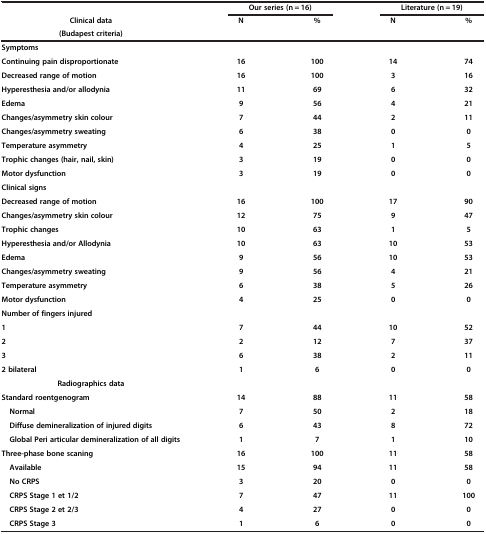
<table><thead><tr><td><b> </b></td><td colspan="2"><b>Our series (n = 16)</b></td><td colspan="2"><b>Literature (n = 19)</b></td></tr><tr><td><b>Clinical data</b></td><td rowspan="2"><b>N</b></td><td rowspan="2"><b>%</b></td><td rowspan="2"><b>N</b></td><td rowspan="2"><b>%</b></td></tr><tr><td><b>(Budapest criteria)</b></td></tr></thead><tbody><tr><td colspan="5"><b>Symptoms</b></td></tr><tr><td><b>Continuing pain disproportionate</b></td><td><b>16</b></td><td><b>100</b></td><td><b>14</b></td><td><b>74</b></td></tr><tr><td><b>Decreased range of motion</b></td><td><b>16</b></td><td><b>100</b></td><td><b>3</b></td><td><b>16</b></td></tr><tr><td><b>Hyperesthesia and/or allodynia</b></td><td><b>11</b></td><td><b>69</b></td><td><b>6</b></td><td><b>32</b></td></tr><tr><td><b>Edema</b></td><td><b>9</b></td><td><b>56</b></td><td><b>4</b></td><td><b>21</b></td></tr><tr><td><b>Changes/asymmetry skin colour</b></td><td><b>7</b></td><td><b>44</b></td><td><b>2</b></td><td><b>11</b></td></tr><tr><td><b>Changes/asymmetry sweating</b></td><td><b>6</b></td><td><b>38</b></td><td><b>0</b></td><td><b>0</b></td></tr><tr><td><b>Temperature asymmetry</b></td><td><b>4</b></td><td><b>25</b></td><td><b>1</b></td><td><b>5</b></td></tr><tr><td><b>Trophic changes (hair, nail, skin)</b></td><td><b>3</b></td><td><b>19</b></td><td><b>0</b></td><td><b>0</b></td></tr><tr><td><b>Motor dysfunction</b></td><td><b>3</b></td><td><b>19</b></td><td><b>0</b></td><td><b>0</b></td></tr><tr><td colspan="5"><b>Clinical signs</b></td></tr><tr><td><b>Decreased range of motion</b></td><td><b>16</b></td><td><b>100</b></td><td><b>17</b></td><td><b>90</b></td></tr><tr><td><b>Changes/asymmetry skin colour</b></td><td><b>12</b></td><td><b>75</b></td><td><b>9</b></td><td><b>47</b></td></tr><tr><td><b>Trophic changes</b></td><td><b>10</b></td><td><b>63</b></td><td><b>1</b></td><td><b>5</b></td></tr><tr><td><b>Hyperesthesia and/or Allodynia</b></td><td><b>10</b></td><td><b>63</b></td><td><b>10</b></td><td><b>53</b></td></tr><tr><td><b>Edema</b></td><td><b>9</b></td><td><b>56</b></td><td><b>10</b></td><td><b>53</b></td></tr><tr><td><b>Changes/asymmetry sweating</b></td><td><b>9</b></td><td><b>56</b></td><td><b>4</b></td><td><b>21</b></td></tr><tr><td><b>Temperature asymmetry</b></td><td><b>6</b></td><td><b>38</b></td><td><b>5</b></td><td><b>26</b></td></tr><tr><td><b>Motor dysfunction</b></td><td><b>4</b></td><td><b>25</b></td><td><b>0</b></td><td><b>0</b></td></tr><tr><td colspan="5"><b>Number of fingers injured</b></td></tr><tr><td><b>1</b></td><td><b>7</b></td><td><b>44</b></td><td><b>10</b></td><td><b>52</b></td></tr><tr><td><b>2</b></td><td><b>2</b></td><td><b>12</b></td><td><b>7</b></td><td><b>37</b></td></tr><tr><td><b>3</b></td><td><b>6</b></td><td><b>38</b></td><td><b>2</b></td><td><b>11</b></td></tr><tr><td><b>2 bilateral</b></td><td><b>1</b></td><td><b>6</b></td><td><b>0</b></td><td><b>0</b></td></tr><tr><td><b>Radiographics data</b></td><td> </td><td> </td><td> </td><td> </td></tr><tr><td><b>Standard roentgenogram</b></td><td><b>14</b></td><td><b>88</b></td><td><b>11</b></td><td><b>58</b></td></tr><tr><td> <b>Normal</b></td><td><b>7</b></td><td><b>50</b></td><td><b>2</b></td><td><b>18</b></td></tr><tr><td> <b>Diffuse demineralization of injured digits</b></td><td><b>6</b></td><td><b>43</b></td><td><b>8</b></td><td><b>72</b></td></tr><tr><td> <b>Global Peri articular demineralization of all digits</b></td><td><b>1</b></td><td><b>7</b></td><td><b>1</b></td><td><b>10</b></td></tr><tr><td><b>Three-phase bone scaning</b></td><td><b>16</b></td><td><b>100</b></td><td><b>11</b></td><td><b>58</b></td></tr><tr><td> <b>Available</b></td><td><b>15</b></td><td><b>94</b></td><td><b>11</b></td><td><b>58</b></td></tr><tr><td> <b>No CRPS</b></td><td><b>3</b></td><td><b>20</b></td><td><b>0</b></td><td><b>0</b></td></tr><tr><td> <b>CRPS Stage 1 et 1/2</b></td><td><b>7</b></td><td><b>47</b></td><td><b>11</b></td><td><b>100</b></td></tr><tr><td> <b>CRPS Stage 2 et 2/3</b></td><td><b>4</b></td><td><b>27</b></td><td><b>0</b></td><td><b>0</b></td></tr><tr><td> <b>CRPS Stage 3</b></td><td><b>1</b></td><td><b>6</b></td><td><b>0</b></td><td><b>0</b></td></tr></tbody></table>